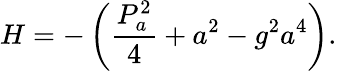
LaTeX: H=-\left(\frac{P_{a}^{2}}{4}+a^{2}-g^{2}a^{4}\right).